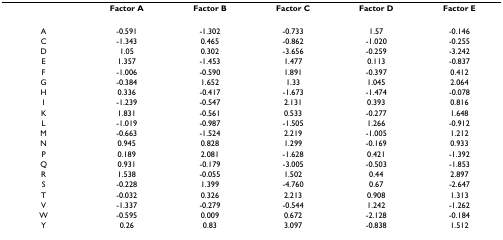
|  | Factor A | Factor B | Factor C | Factor D | Factor E |
 | --- | --- | --- | --- | --- | --- |
 | A | -0.591 | -1.302 | -0.733 | 1.57 | -0.146 |
 | C | -1.343 | 0.465 | -0.862 | -1.020 | -0.255 |
 | D | 1.05 | 0.302 | -3.656 | -0.259 | -3.242 |
 | E | 1.357 | -1.453 | 1.477 | 0.113 | -0.837 |
 | F | -1.006 | -0.590 | 1.891 | -0.397 | 0.412 |
 | G | -0.384 | 1.652 | 1.33 | 1.045 | 2.064 |
 | H | 0.336 | -0.417 | -1.673 | -1.474 | -0.078 |
 | I | -1.239 | -0.547 | 2.131 | 0.393 | 0.816 |
 | K | 1.831 | -0.561 | 0.533 | -0.277 | 1.648 |
 | L | -1.019 | -0.987 | -1.505 | 1.266 | -0.912 |
 | M | -0.663 | -1.524 | 2.219 | -1.005 | 1.212 |
 | N | 0.945 | 0.828 | 1.299 | -0.169 | 0.933 |
 | P | 0.189 | 2.081 | -1.628 | 0.421 | -1.392 |
 | Q | 0.931 | -0.179 | -3.005 | -0.503 | -1.853 |
 | R | 1.538 | -0.055 | 1.502 | 0.44 | 2.897 |
 | S | -0.228 | 1.399 | -4.760 | 0.67 | -2.647 |
 | T | -0.032 | 0.326 | 2.213 | 0.908 | 1.313 |
 | V | -1.337 | -0.279 | -0.544 | 1.242 | -1.262 |
 | W | -0.595 | 0.009 | 0.672 | -2.128 | -0.184 |
 | Y | 0.26 | 0.83 | 3.097 | -0.838 | 1.512 |